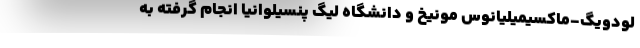
لودویگ-ماکسیمیلیانوس مونیخ و دانشگاه لیگ پنسیلوانیا انجام گرفته به